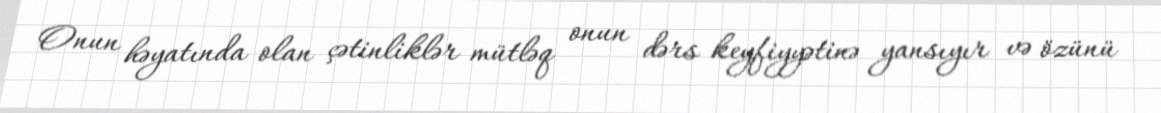
Onun həyatında olan çətinliklər mütləq onun dərs keyfiyyətinə yansıyır və özünü